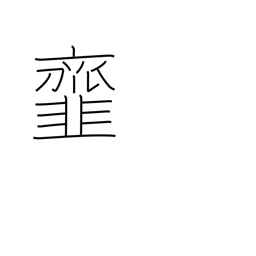
Meaning: dress (salad) vegetables